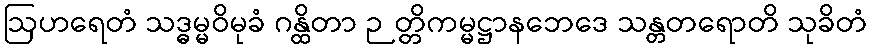
ဩဟရေတံ သဒ္ဓမ္မဝိမုခံ ဂန္ထိတာ ဉတ္တိကမ္မဋ္ဌာနဘေဒေ သန္တတရောတိ သုခိတံ